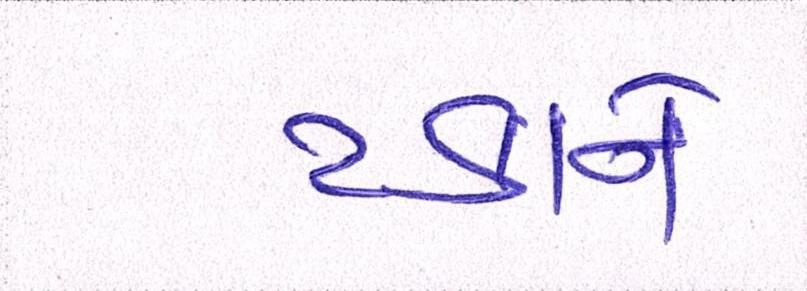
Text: ટકાને